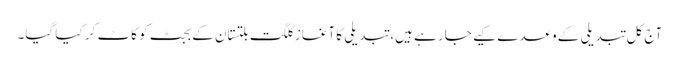
آج کل تبدیلی کے وعدے کیے جا رہے ہیں، تبدیلی کا آغاز گلگت بلتستان کے بجٹ کو کاٹ کر کیا گیا۔